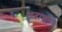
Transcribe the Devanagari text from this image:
लदाखी